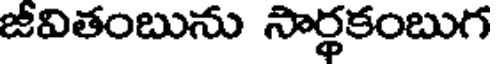
జీవితంబును సార్థకంబుగ